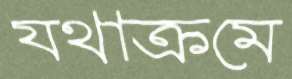
যথাক্রমে